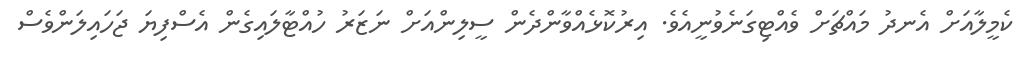
ކެމީލާއަށް އެނދު މައްޗަށް ވެއްޓިގަނެވުނީއެވެ. އިރުކޮޅެއްވާންދެން ސީލިންއަށް ނަޒަރު ހުއްޓާލައިގެން އެސްފިޔަ ޖަހައިލަންވެސް